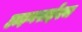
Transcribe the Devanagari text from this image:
हाइनराईश्च